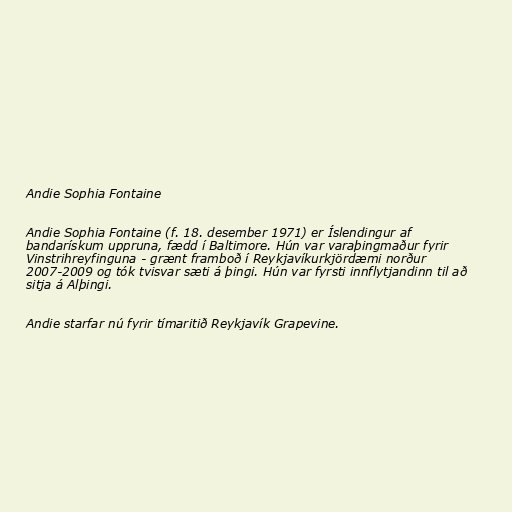
Andie Sophia Fontaine

Andie Sophia Fontaine (f. 18. desember 1971) er Íslendingur af
bandarískum uppruna, fædd í Baltimore. Hún var varaþingmaður fyrir
Vinstrihreyfinguna - grænt framboð í Reykjavíkurkjördæmi norður
2007-2009 og tók tvisvar sæti á þingi. Hún var fyrsti innflytjandinn til að
sitja á Alþingi.

Andie starfar nú fyrir tímaritið Reykjavík Grapevine.